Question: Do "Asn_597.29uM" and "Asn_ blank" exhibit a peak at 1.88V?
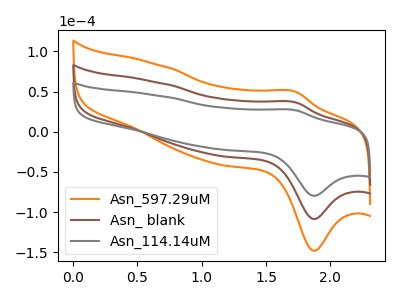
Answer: <think>The orange curve "Asn_597.29uM" has an anodic peak at (1.75V, 72.95uA) and a cathodic peak at (1.90V, -217.25uA). The brown curve "Asn_ blank" has an anodic peak at (1.75V, 36.45uA) and a cathodic peak at (1.90V, -108.65uA). The gray curve "Asn_114.14uM" has an anodic peak at (1.75V, 26.75uA) and a cathodic peak at (1.90V, -79.70uA).</think>
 <answer>Yes, "Asn_597.29uM" and "Asn_ blank" share a peak at 1.88V.</answer>
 <eval>match</eval>